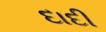
દાદી